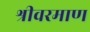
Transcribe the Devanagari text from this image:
श्रीवरमाण